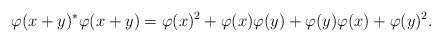
LaTeX: \begin{align*}\varphi(x+y)^*\varphi(x+y) &= \varphi(x)^2 + \varphi(x)\varphi(y)+ \varphi(y)\varphi(x) + \varphi(y)^2.\end{align*}